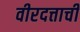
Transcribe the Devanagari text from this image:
वीरदत्ताची